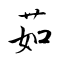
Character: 茹